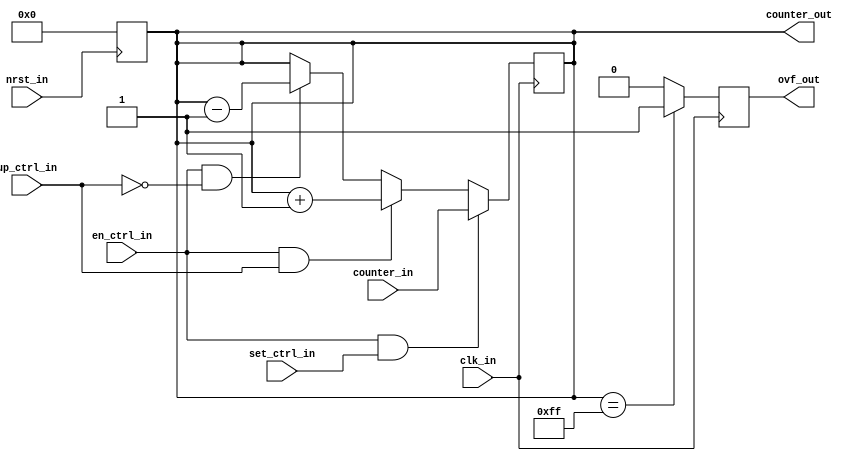
module counter (clk_in, nrst_in, en_ctrl_in, set_ctrl_in, up_ctrl_in, counter_in, counter_out, ovf_out);

input wire clk_in,nrst_in,en_ctrl_in,set_ctrl_in,up_ctrl_in;
input wire [7:0] counter_in;
output reg [7:0] counter_out;
output reg ovf_out;

always @(negedge nrst_in) begin
counter_out <= 8'b0;
end

always @(posedge clk_in)begin

if(en_ctrl_in && set_ctrl_in) counter_out<=counter_in;
else if (en_ctrl_in && up_ctrl_in) counter_out<=counter_out+1;
else if (en_ctrl_in && !up_ctrl_in) counter_out<=counter_out-1;
else counter_out<=counter_out;

if(counter_out == 8'hff) ovf_out <= 1;
else ovf_out <=0;
end


endmodule